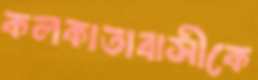
কলকাতাবাসীকে